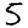
Digit: 5